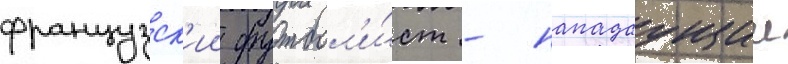
французск'ии футбол'и́ст - нападаущии